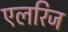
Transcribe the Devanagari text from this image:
एलरिज